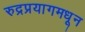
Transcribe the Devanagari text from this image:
रुद्रप्रयागमधून